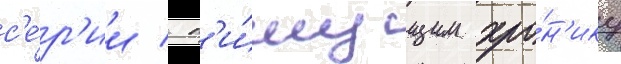
с'е́р'ии / п'и́шущим хро́н'ику